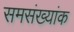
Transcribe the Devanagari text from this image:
समसंख्यांक